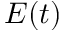
E ( t )